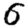
Digit: 6